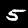
Digit: 5